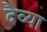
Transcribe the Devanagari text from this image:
दैव्या